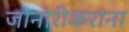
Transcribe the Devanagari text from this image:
जानोरीकरांना